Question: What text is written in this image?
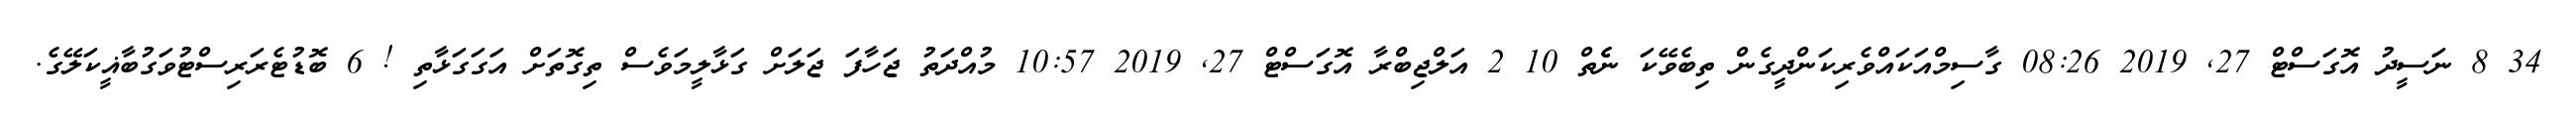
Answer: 34 8 ނަސީދު އޮގަސްޓް 27, 2019 08:26 ގާސިމްއަކައްވެރިކަންދީގެން ތިބެވޭކަ ނެެތް 10 2 އަލްޖިބްރާ އޮގަސްޓް 27, 2019 10:57 މުއްދަތު ޖަހާފަ ޖަލަށް ގަޅާލީމަވެސް ތިގޮތަށް އަގަގަޅާތި ! 6 ބޮޑުޓެރަރިސްޓުވަގުބާޣީކަލޭގެ.